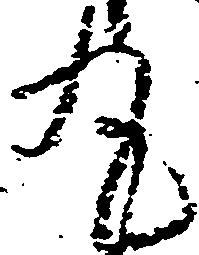
丸